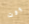
وقت